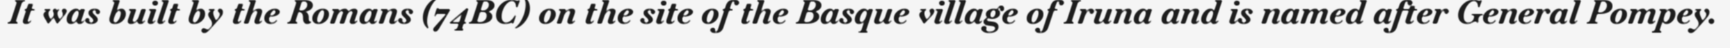
It was built by the Romans (74BC) on the site of the Basque village of Iruna and is named after General Pompey.